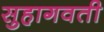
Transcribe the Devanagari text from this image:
सुहागवती